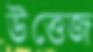
উত্তেজ